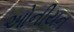
ઓનીયન